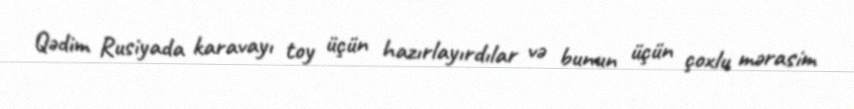
Qədim Rusiyada karavayı toy üçün hazırlayırdılar və bunun üçün çoxlu mərasim